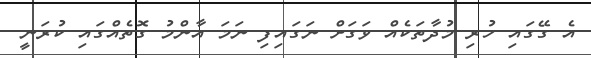
އެ ގޭގައި ހުރި މުދާތަކެއް ވަގަށް ނަގައިފި ނަމަ އާންމު ގޮތެއްގައި ކުރަނީ